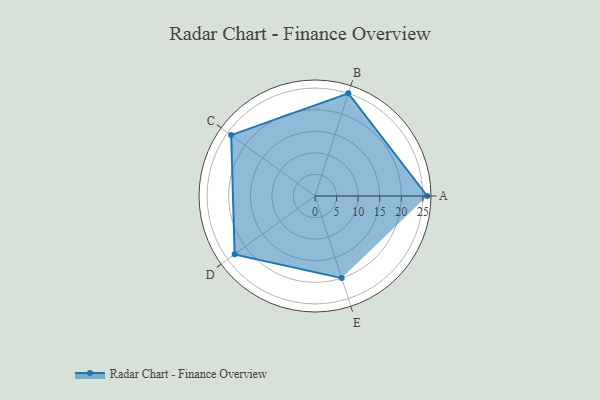
{"axis": {"x": "Skill", "y": "Score"}, "legend": ["Profile"], "data": [{"x": "A", "y": 26.0, "type": "Profile"}, {"x": "B", "y": 25.0, "type": "Profile"}, {"x": "C", "y": 24.0, "type": "Profile"}, {"x": "D", "y": 23.0, "type": "Profile"}, {"x": "E", "y": 20, "type": "Profile"}]}